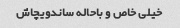
خیلی خاص و باحاله ساندویچاش